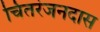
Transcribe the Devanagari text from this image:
चितरंजनदास